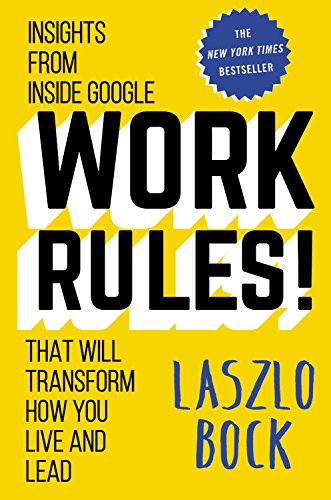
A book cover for Work Rules!: Insights from Inside Google That Will Transform How You Live and Lead; Laszlo Bock; Science & Math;